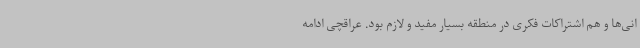
انی‌ها و هم اشتراکات فکری در منطقه بسیار مفید و لازم بود. عراقچی ادامه